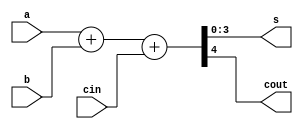
module adder_1_bit (
				input [3:0] a, b, input cin,
		      output [3:0] s, output cout);

	assign {cout, s} = a + b + cin;
	
endmodule